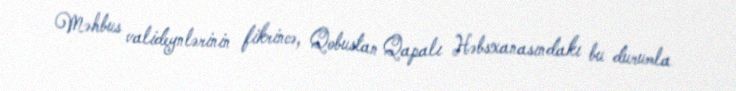
Məhbus valideynlərinin fikrincə, Qobustan Qapalı Həbsxanasındakı bu durumla